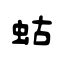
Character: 蛄